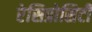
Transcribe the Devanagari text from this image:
रेसिप्रोसिटी